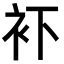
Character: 𧘔